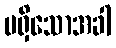
မရှိသောအခါ